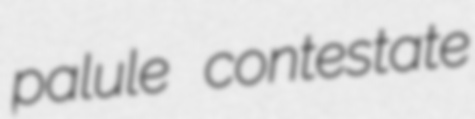
palule contestate